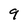
Character: 9